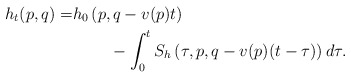
\begin{align*}h_t(p,q) = & h_0\left(p, q - v(p)t\right) \\& \;\;\;\;\;\;\;\;- \int_0^t S_h\left(\tau,p, q - v(p)(t-\tau)\right)d\tau.\end{align*}